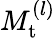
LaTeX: M_{\mathrm{t}}^{(l)}